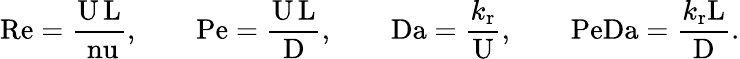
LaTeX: \mathrm{Re}=\frac{\mathrm{U}\, \mathrm{L}}{\mathrm{\ nu}},\qquad\mathrm{Pe}=\frac{\mathrm{U}\, \mathrm{L}}{\mathrm{D}},\qquad\mathrm{Da}=\frac{k_{\mathrm{r}}}{\mathrm{U}},\qquad\mathrm{PeDa}=\frac{k_{\mathrm{r}}\mathrm{L}}{\mathrm{D}}.